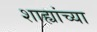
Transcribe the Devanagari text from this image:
शाह्यांच्या